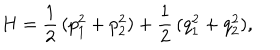
H = \frac { 1 } { 2 } \, ( p _ { 1 } ^ { 2 } + p _ { 2 } ^ { 2 } ) + \frac { 1 } { 2 } \, ( q _ { 1 } ^ { 2 } + q _ { 2 } ^ { 2 } ) ,